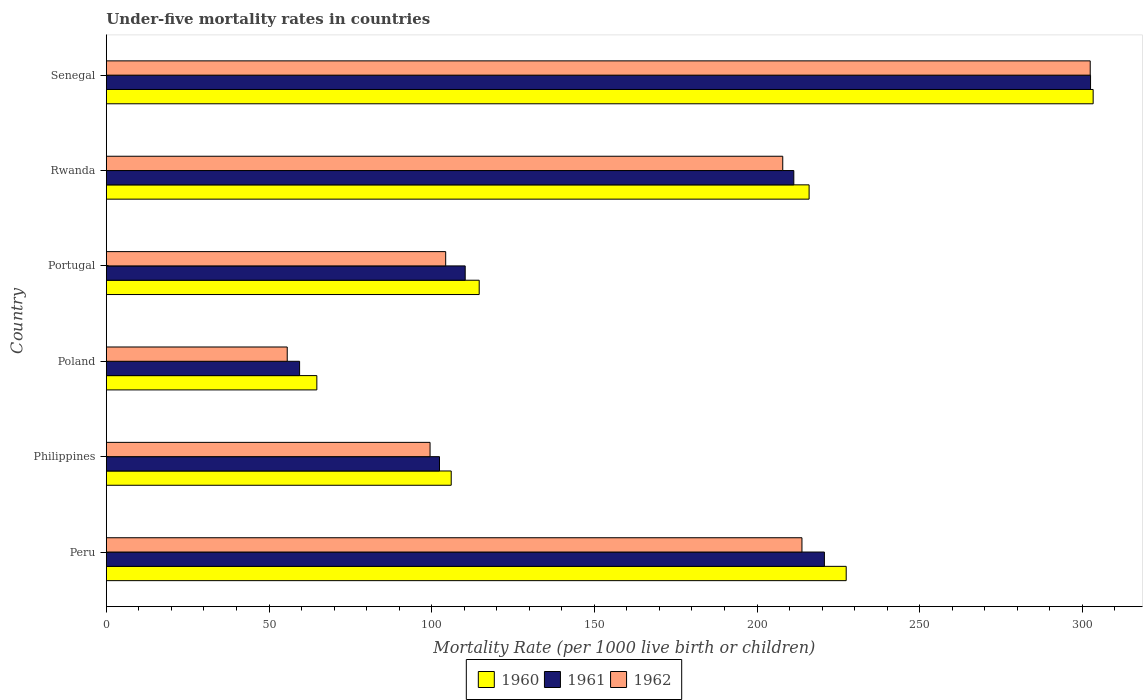
| Country | 1960 | 1961 | 1962 |
 | --- | --- | --- | --- |
 | Peru | 227 | 221 | 214 |
 | Philippines | 106 | 102 | 99.5 |
 | Poland | 64.7 | 59.4 | 55.6 |
 | Portugal | 115 | 110 | 104 |
 | Rwanda | 216 | 211 | 208 |
 | Senegal | 303 | 302 | 302 |